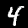
Digit: 4